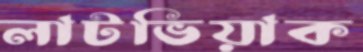
লাটভিয়াক